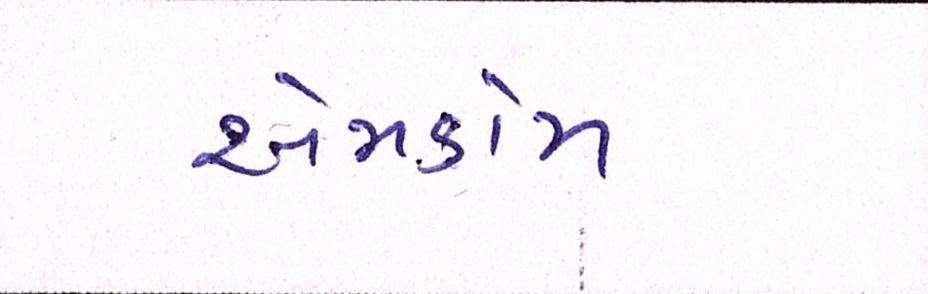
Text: એમકોમ